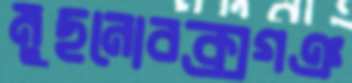
মুছনোবক্সগঞ